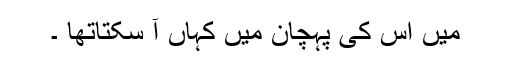
میں اس کی پہچان میں کہاں آ سکتاتھا ۔